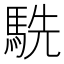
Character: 駪